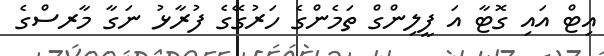
އިޓް އައި ގޮޓާ އަ ފީލިންގް ތަމެންގެ ހަރުގޭގެ ފުރާޅު ނަގާ މާރސްގެ